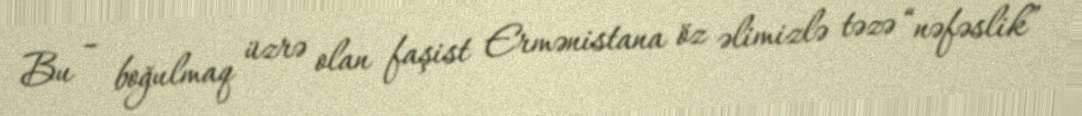
Bu – boğulmaq üzrə olan faşist Ermənistana öz əlimizlə təzə “nəfəslik”